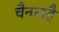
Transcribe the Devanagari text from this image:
चैनलहै